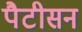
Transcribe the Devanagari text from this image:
पैटीसन